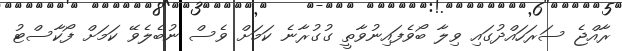
ރާއްޖެ ސަރަހައްދުގައި ވިލާ ބޯވެފައިނުވާތީ ގުގުރާނެ ކަމަށް ވެސް ނުބެލެވޭ ކަމަށް ފޯކާސްޓު